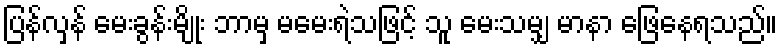
ပြန်လှန် မေးခွန်းမျိုး ဘာမှ မမေးရဲသဖြင့် သူ မေးသမျှ မာနာ ဖြေနေရသည်။